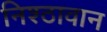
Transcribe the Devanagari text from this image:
निश्ठावान